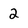
Character: 2